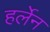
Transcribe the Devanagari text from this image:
हर्लेन